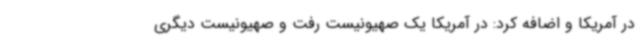
در آمریکا و اضافه کرد: در آمریکا یک صهیونیست رفت و صهیونیست دیگری